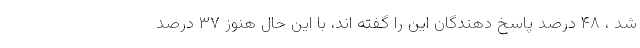
شد ، ۴۸ درصد پاسخ دهندگان این را گفته اند، با این حال هنوز ۳۷ درصد